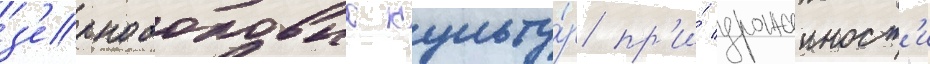
з'ернобобовых культу́р пр'и́ урожаиност'и